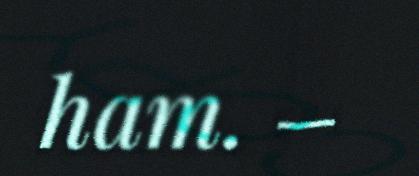
ham. –